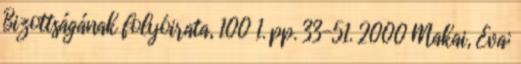
Bizottságának folyóirata, 100 1. pp. 33-51. 2000 Makai, Éva;